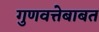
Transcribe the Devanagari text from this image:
गुणवत्तेबाबत